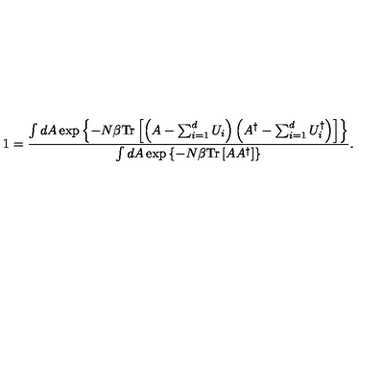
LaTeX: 1 = { \frac { \int d A \exp \left\{ - N \beta \mathrm { T r } \left[ \left( A - \sum _ { i = 1 } ^ { d } U _ { i } \right) \left( A ^ { \dagger } - \sum _ { i = 1 } ^ { d } U _ { i } ^ { \dagger } \right) \right] \right\} } { \int d A \exp \left\{ - N \beta \mathrm { T r } \left[ A A ^ { \dagger } \right] \right\} } } .